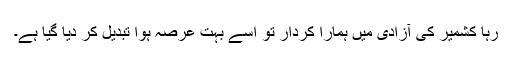
رہا کشمیر کی آزادی میں ہمارا کردار تو اسے بہت عرصہ ہوا تبدیل کر دیا گیا ہے۔